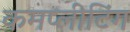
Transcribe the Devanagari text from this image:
कमप्लीटिंग